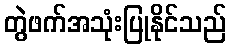
တွဲဖက်အသုံးပြုနိုင်သည်